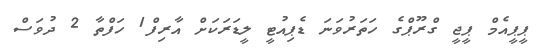
ޕީޕީއެމް ޕީޖީ ގްރޫޕްގެ ހަތަރުވަނަ ޑެޕިއުޓީ ލީޑަރަކަށް އާރިފް1 ހަފްތާ 2 ދުވަސް